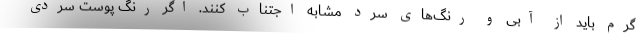
گرم باید از آبی و رنگ‌های سرد مشابه اجتناب کنند. اگر رنگ پوست سردی